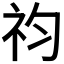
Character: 𥘩